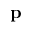
\textbf { p }